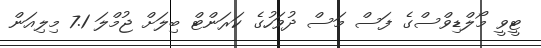
ޓީވީ މޯލްޑިވްސްގެ ފަސް މަސް ދުވަހުގެ ކަރަންޓް ބިލަށް ޖުމްލަ 7.1 މިލިއަން